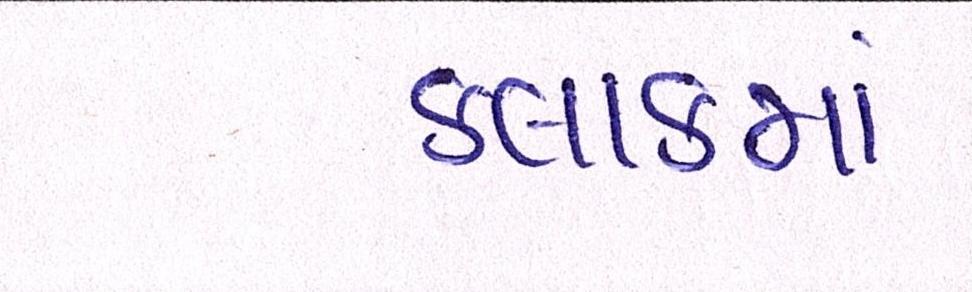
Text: કલાકમાં